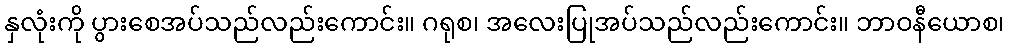
နှလုံးကို ပွားစေအပ်သည်လည်းကောင်း။ ဂရုစ၊ အလေးပြုအပ်သည်လည်းကောင်း။ ဘာဝနီယောစ၊